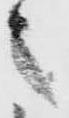
之